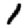
Digit: 1